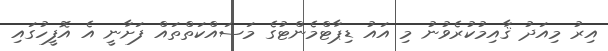
އިރު މިއަދު ޤާއިމުކުރެވުނު މި އައު ޑިޕާޓްމެންޓުގެ މަސައްކަތްތައް ފަށާނީ އެ އޮފީހުގައި